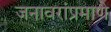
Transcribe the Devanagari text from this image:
जनावरांप्रमाणे